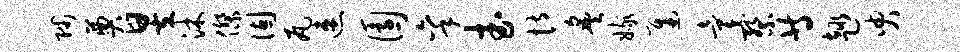
陟奠昱沐杰固瓦速园秉武恃炙嫁迟童察等趣臾